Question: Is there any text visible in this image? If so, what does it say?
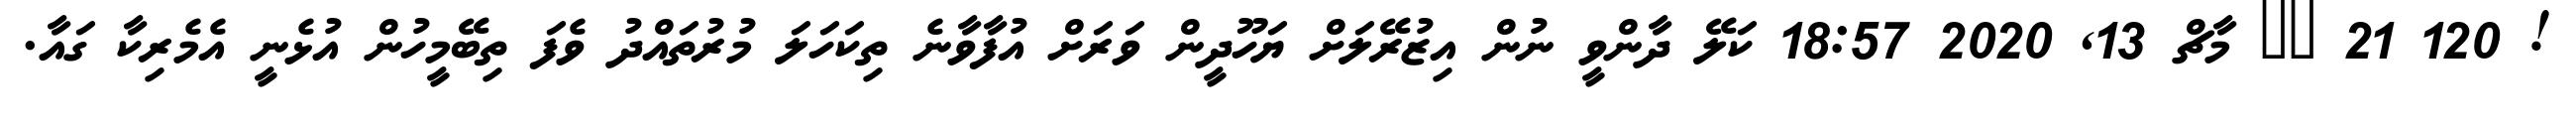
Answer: ! 120 21 ?? މާޗް 13, 2020 18:57 ކަލޭ ދާންވީ ނުން އިޒުރޭލަށް ޔަހޫދީން ވަރަށް އުފާވާނެ ތިކަހަލަ މުރުތައްދު ވެފަ ތިބޭމީހުން އުޅެނީ އެމެރިކާ ގައާ.